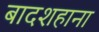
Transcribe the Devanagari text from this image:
बादशहाना